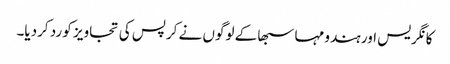
کانگریس اور ہندو مہا سبھا کے لوگوں نے کرپس کی تجاویز کو رد کردیا۔